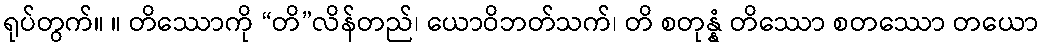
ရုပ်တွက်။ ။ တိဿောကို “တိ”လိန်တည်၊ ယောဝိဘတ်သက်၊ တိ စတုန္နံ တိဿော စတဿော တယော